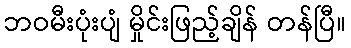
ဘဝမီးပုံးပျံ မှိုင်းဖြည့်ချိန် တန်ပြီ။